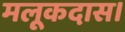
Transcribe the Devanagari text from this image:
मलूकदास।